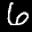
Label: 6